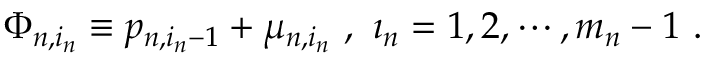
\Phi _ { n , i _ { n } } \equiv p _ { n , i _ { n } - 1 } + \mu _ { n , i _ { n } } \ , \ \i _ { n } = 1 , 2 , \cdots , m _ { n } - 1 \ .